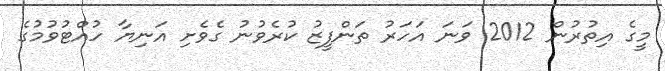
މީގެ އިތުރުން 2012 ވަނަ އަހަރު ތަންފީޒު ކުރެވުނު ގެވެށި އަނިޔާ ހުއްޓުވުމުގެ